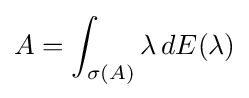
A=\int _{\sigma (A)}\lambda \,dE(\lambda )